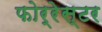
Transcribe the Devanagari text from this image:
फोर्रेस्टर